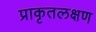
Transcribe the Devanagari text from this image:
प्राकृतलक्षण